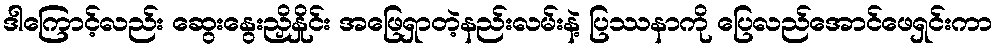
ဒါကြောင့်လည်း ဆွေးနွေးညှိနှိုင်း အဖြေရှာတဲ့နည်းလမ်းနဲ့ ပြဿနာကို ပြေလည်အောင်ဖေရှင်းကာ